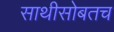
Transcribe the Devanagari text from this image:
साथीसोबतच